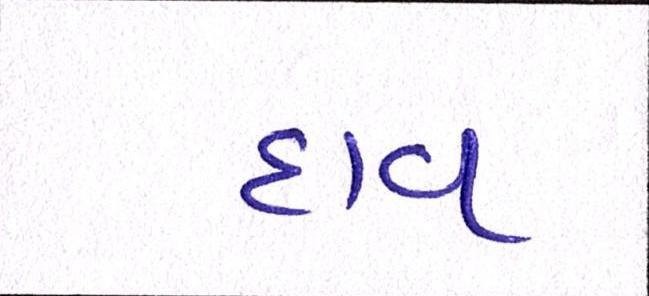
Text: દાવ